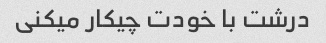
درشت با خودت چیکار میکنی